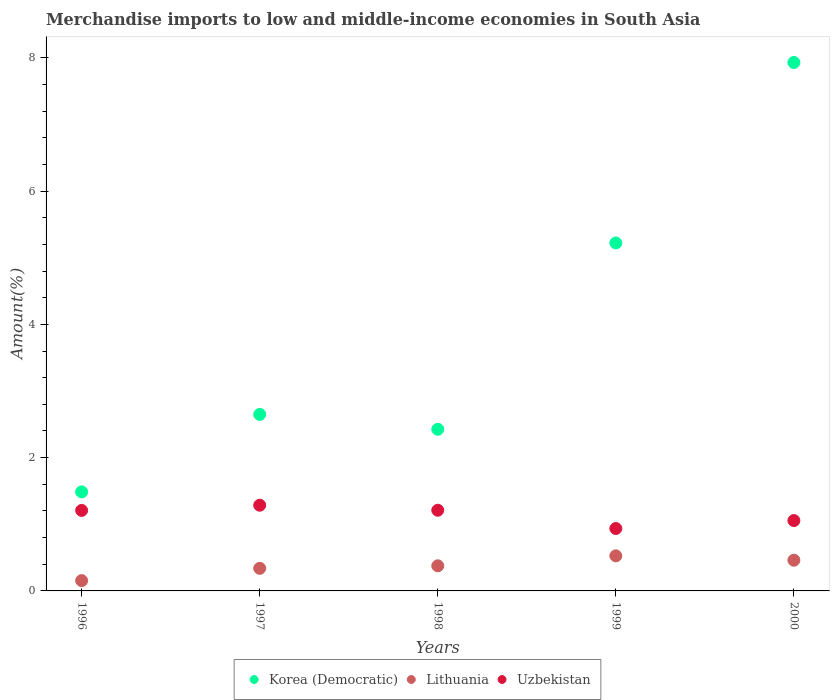
| Years | Korea (Democratic) | Lithuania | Uzbekistan |
 | --- | --- | --- | --- |
 | 1996 | 1.49 | 0.155 | 1.21 |
 | 1997 | 2.65 | 0.339 | 1.29 |
 | 1998 | 2.43 | 0.377 | 1.21 |
 | 1999 | 5.22 | 0.526 | 0.937 |
 | 2000 | 7.93 | 0.461 | 1.06 |